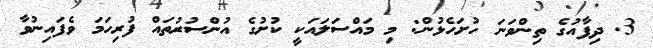
3. ދިފާއުގެ ތިންވަނަ ހުށަހެޅުން: މި މައްސަލައަކީ ކުށުގެ އުންސުރުތައް ފުރިހަމަ ވެފައިނުވާ